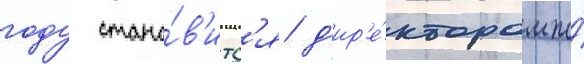
году стано́в'итс'я д'ир'е́ктором по́